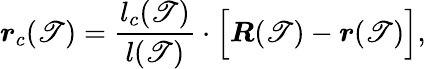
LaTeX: \boldsymbol{r}_{c}(\mathscr{T})=\frac{{l_{c}(\mathscr{T})}}{{l(\mathscr{T})}}\cdot\Big[\boldsymbol{R}(\mathscr{T})-\boldsymbol{r}(\mathscr{T})\Big],